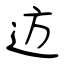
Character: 䢍